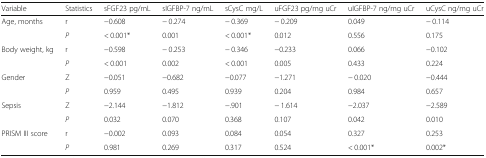
| Variable | Statistics | sFGF23 pg/mL | sIGFBP-7 ng/mL | sCysC mg/L | uFGF23 pg/mg uCr | uIGFBP-7 ng/mg uCr | uCysC ng/mg uCr |
 | --- | --- | --- | --- | --- | --- | --- | --- |
 | <ROWSPAN=2> Age, months | r | −0.608 | − 0.274 | − 0.369 | − 0.209 | 0.049 | − 0.114 |
 | P | < 0.001* | 0.001 | < 0.001* | 0.012 | 0.556 | 0.175 |
 | <ROWSPAN=2> Body weight, kg | r | −0.598 | − 0.253 | − 0.346 | −0.233 | 0.066 | −0.102 |
 | P | < 0.001 | 0.002 | < 0.001 | 0.005 | 0.433 | 0.224 |
 | <ROWSPAN=2> Gender | Z | −0.051 | −0.682 | −0.077 | −1.271 | − 0.020 | −0.444 |
 | P | 0.959 | 0.495 | 0.939 | 0.204 | 0.984 | 0.657 |
 | <ROWSPAN=2> Sepsis | Z | −2.144 | −1.812 | −.901 | − 1.614 | −2.037 | −2.589 |
 | P | 0.032 | 0.070 | 0.368 | 0.107 | 0.042 | 0.010 |
 | <ROWSPAN=2> PRISM III score | r | −0.002 | 0.093 | 0.084 | 0.054 | 0.327 | 0.253 |
 | P | 0.981 | 0.269 | 0.317 | 0.524 | < 0.001* | 0.002* |